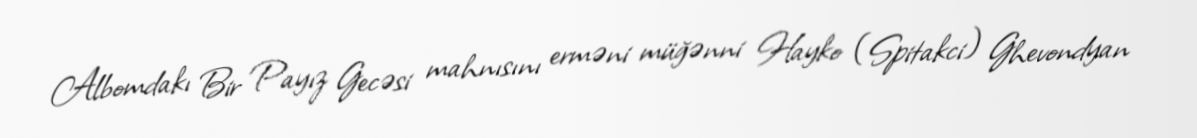
Albomdakı Bir Payız Gecəsi mahnısını erməni müğənni Hayko (Spitakci) Ghevondyan